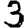
Digit: 3